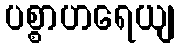
ပစ္စာဟရေယျ